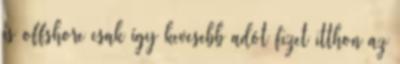
is offshore csak így kevesebb adót fizet itthon az